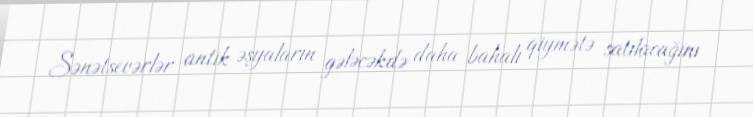
Sənətsevərlər antik əşyaların gələcəkdə daha bahalı qiymətə satılacağını